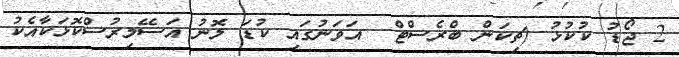
2 ޖޯޑު ކުކުޅު (ޗިކަން ބްރެސްޓް  އަވަނުގައި ކުޑަ ލޮނު އަސޭމިރުސްކޮޅަކާއެކު